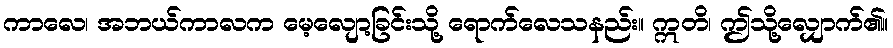
ကာလေ၊ အဘယ်ကာလက မေ့လျော့ခြင်းသို့ ရောက်လေသနည်း။ ဣတိ၊ ဤသို့လျှောက်၏။